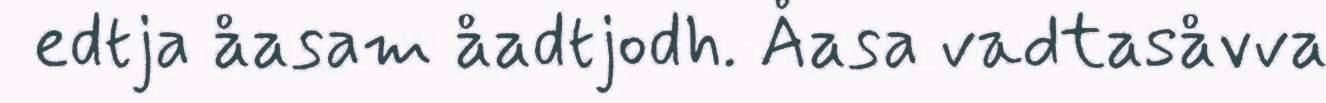
edtja åasam åadtjodh. Åasa vadtasåvva